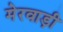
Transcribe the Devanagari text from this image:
मेरवाड़ी